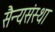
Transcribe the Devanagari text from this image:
सैन्यसंस्था